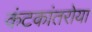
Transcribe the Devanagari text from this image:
कंटकांतरोया